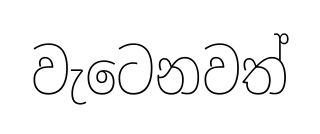
වැටෙනවත්